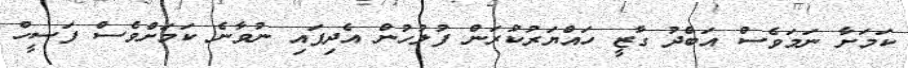
ކަމަށާ ނަމަވެސް އަބްދު ގާޒީ ހައްޔަރުކުރަން ފުލުހުން އެދިފައި ނުވާނެ ކަމަށްވެސް ފަސީހް